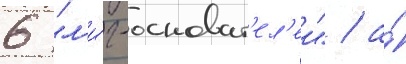
6 "л'и́г-основат'ел'еи" / а́